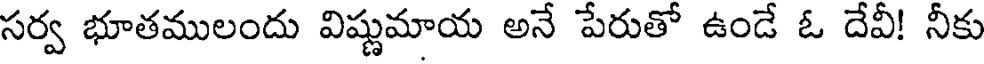
సర్వ భూతములందు విష్ణుమాయ అనే పేరుతో ఉండే ఓ దేవీ! నీకు